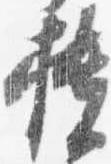
櫃